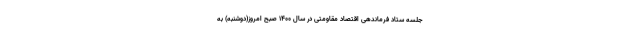
جلسه ستاد فرماندهی اقتصاد مقاومتی در سال ۱۴۰۰ صبح امروز(دوشنبه) به